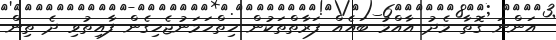
އަންނަ ގޮތާ މެދު އާއްމު ބައެއް ފަރާތްތަކުން ހިތްހަމަނުޖެހިގެން ފާއިތުވި ދެ ތިން